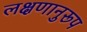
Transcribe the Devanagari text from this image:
लक्षणानुरूप